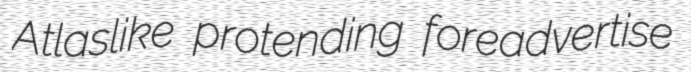
Atlaslike protending foreadvertise